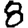
Digit: 8